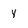
Character: y